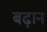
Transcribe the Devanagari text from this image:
बढ़ान